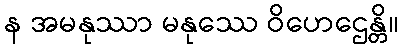
န အမနုဿာ မနုဿေ ဝိဟေဌေန္တိ။